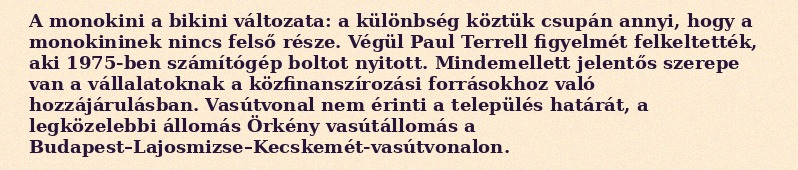
A monokini a bikini változata: a különbség köztük csupán annyi, hogy a monokininek nincs felső része. Végül Paul Terrell figyelmét felkeltették, aki 1975-ben számítógép boltot nyitott. Mindemellett jelentős szerepe van a vállalatoknak a közfinanszírozási forrásokhoz való hozzájárulásban. Vasútvonal nem érinti a település határát, a legközelebbi állomás Örkény vasútállomás a Budapest–Lajosmizse–Kecskemét-vasútvonalon.